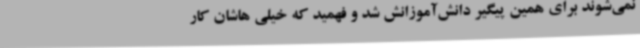
نمی‌شوند برای همین پیگیر دانش‌آموزانش شد و فهمید که خیلی هاشان کار